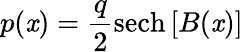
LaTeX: p(\mathit{x})={\frac{{q}}{{2}}}\mathrm{{sech}}\left[B(\mathit{x})\right]